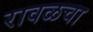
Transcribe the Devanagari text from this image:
रावळचा